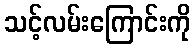
သင့်လမ်းကြောင်းကို